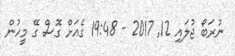
ނުރަބޯ ޖުލައި 12